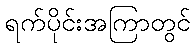
ရက်ပိုင်းအကြာတွင်